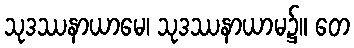
သုဒဿနာယာမေ၊ သုဒဿနာယာမ၌။ တေ